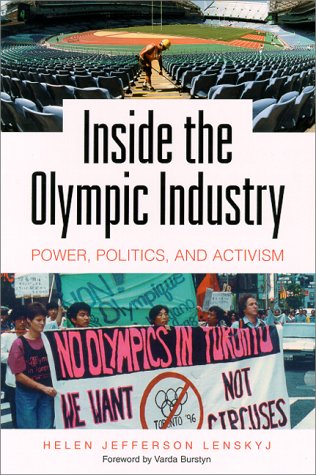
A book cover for Inside the Olympic Industry: Power, Politics, and Activism; Helen Jefferson Lenskyj; Sports & Outdoors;